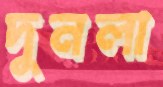
দুনলা